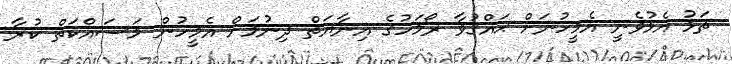
ތަޅު އެޅުވެނީ އެމީހުނަށް ޙައްޤުވާ ރޯމަހުގެ އިނާޔަތް ދިނުމަށް އެމީހުން މަސައްކަތް ކުރާ